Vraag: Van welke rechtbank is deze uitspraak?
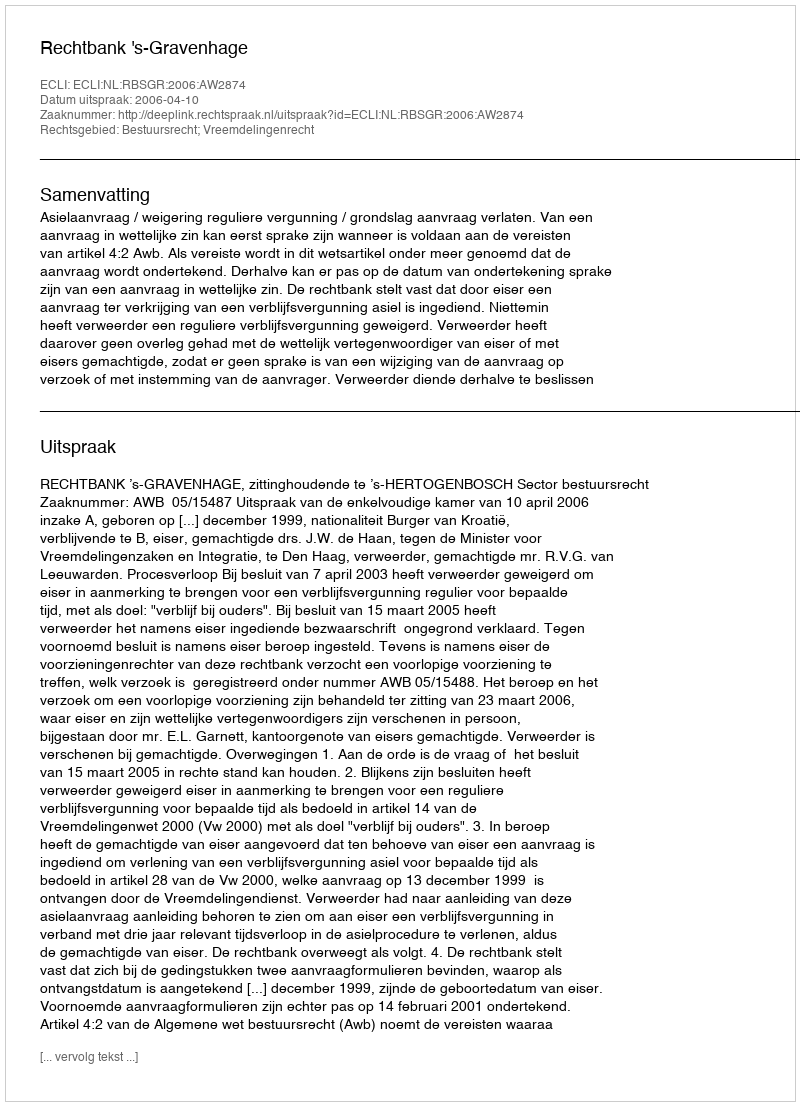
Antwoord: Rechtbank 's-Gravenhage